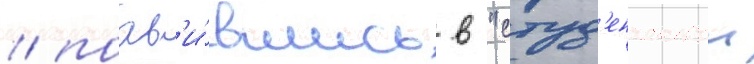
/ поав'и́вшись в "студ'енческои